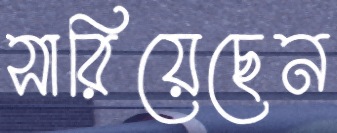
সারিয়েছেন